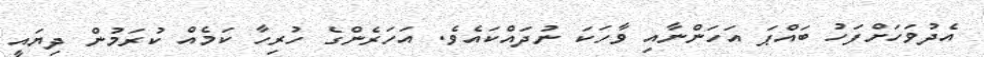
އެދުވަހަށްފަހު ބައްޕަ އަހަންނާއި ވާހަކަ ނުދައްކައެވެ. އަހަރެންގެ ހުރިހާ ކަމެއް ކުރަމުން ދިޔައީ